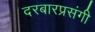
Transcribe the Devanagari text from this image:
दरबारप्रसंगी